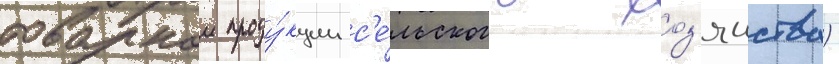
товарнои проду́кции с'е́льского хоз'яиства)